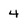
Character: 4